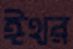
ঈথর